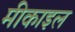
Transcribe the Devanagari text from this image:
मीकाइल